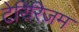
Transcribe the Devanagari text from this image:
टेरिरिज़म